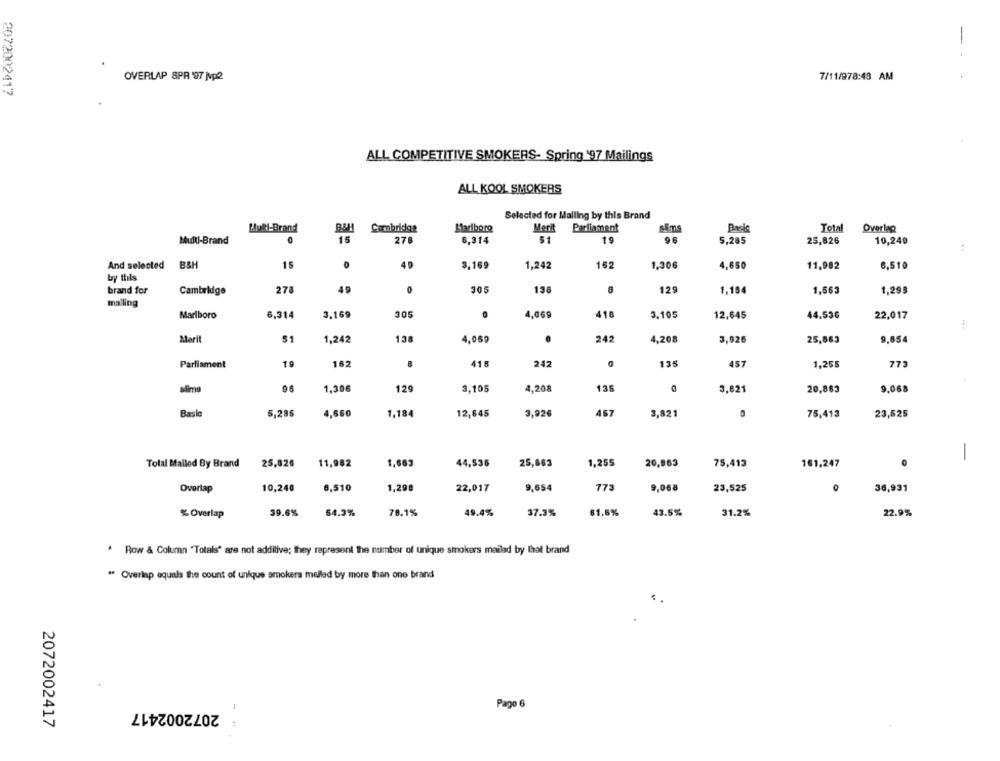
-
7/11/978:43 AM
OVERLAP SPA 97 jupe
2072002417
ALL COMPETITIVE SMOKERS- Spring '97 Mailings
ALL KOOL SMOKERS
Selected for Mailing by this Brand
Hull-Brand
Cambridge
Marlboro
Merit
Parliament
Total
Overlap
Multi-Brand
15
278
6.314
51
19
96
5,265
25,826
10,240
:
And selected
BSH
15
49
3,169
1,242
162
1,306
4,650
11,982
6,510
by this
brand for
278
49
0
305
136
129
1,154
1,663
1,29g
Cambridge
malling
305
Marlboro
6,314
3.169
4,069
418
3.105
12,645
44.530
22,017
Marit
51
1,242
138
4,069
242
4,208
3,926
25,863
9,654
Parliament
162
B
418
242
135
457
1,255
775
slimg
96
1,306
129
3,105
4,208
135
3,821
20,883
9.068
Basle
5,285
4,660
1,184
12,645
3,926
457
3,821
75,413
23,625
Total Malled By Brand
25,826
11,982
1,663
44,536
25,663
1,255
20,863
75,413
161,247
-
Overtap
10,240
6,510
1,298
22,017
9,654
773
9,068
23,525
36,931
% Overlap
39.6%
54.3%
78.1%
49.4%
37.3%
81.6%
43.5%
31.2%
22.9%
. Row & Column "Totals' are not additive; they represent the number of unique smokers mailad by that brand
" Overlap equals the count of unique smokers melled by more than one brand
2072002417
Page 6
2072002417